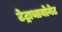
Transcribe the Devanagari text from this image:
टेट्राथायोनेट